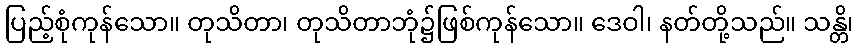
ပြည့်စုံကုန်သော။ တုသိတာ၊ တုသိတာဘုံ၌ဖြစ်ကုန်သော။ ဒေဝါ၊ နတ်တို့သည်။ သန္တိ၊